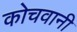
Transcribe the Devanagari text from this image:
कोचवानी